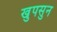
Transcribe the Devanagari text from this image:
खुपसुन